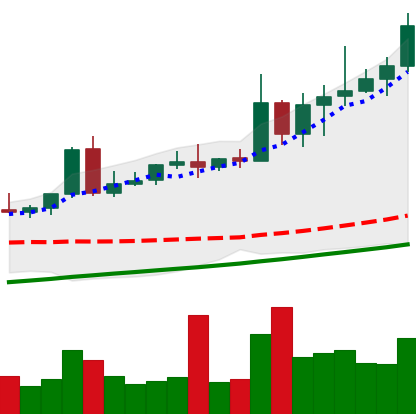
Ticker: NEO-USD
Chart end date: 2020-08-17
Forward return: 14.519%
Label: up_7plus